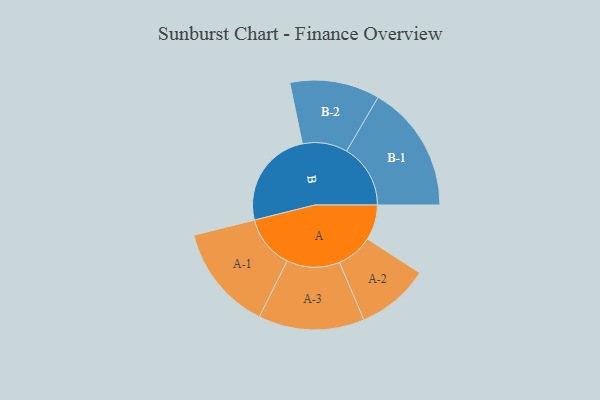
{"axis": {"x": "Segment", "y": "Value"}, "legend": ["", "A", "B"], "data": [{"x": "A", "y": 127, "type": ""}, {"x": "B", "y": 356, "type": ""}, {"x": "A-1", "y": 191, "type": "A"}, {"x": "A-2", "y": 131, "type": "A"}, {"x": "A-3", "y": 191, "type": "A"}, {"x": "B-1", "y": 230, "type": "B"}, {"x": "B-2", "y": 162, "type": "B"}]}